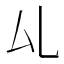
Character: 𠫖